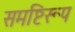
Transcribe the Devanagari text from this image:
समष्टिरूप